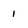
Character: 1